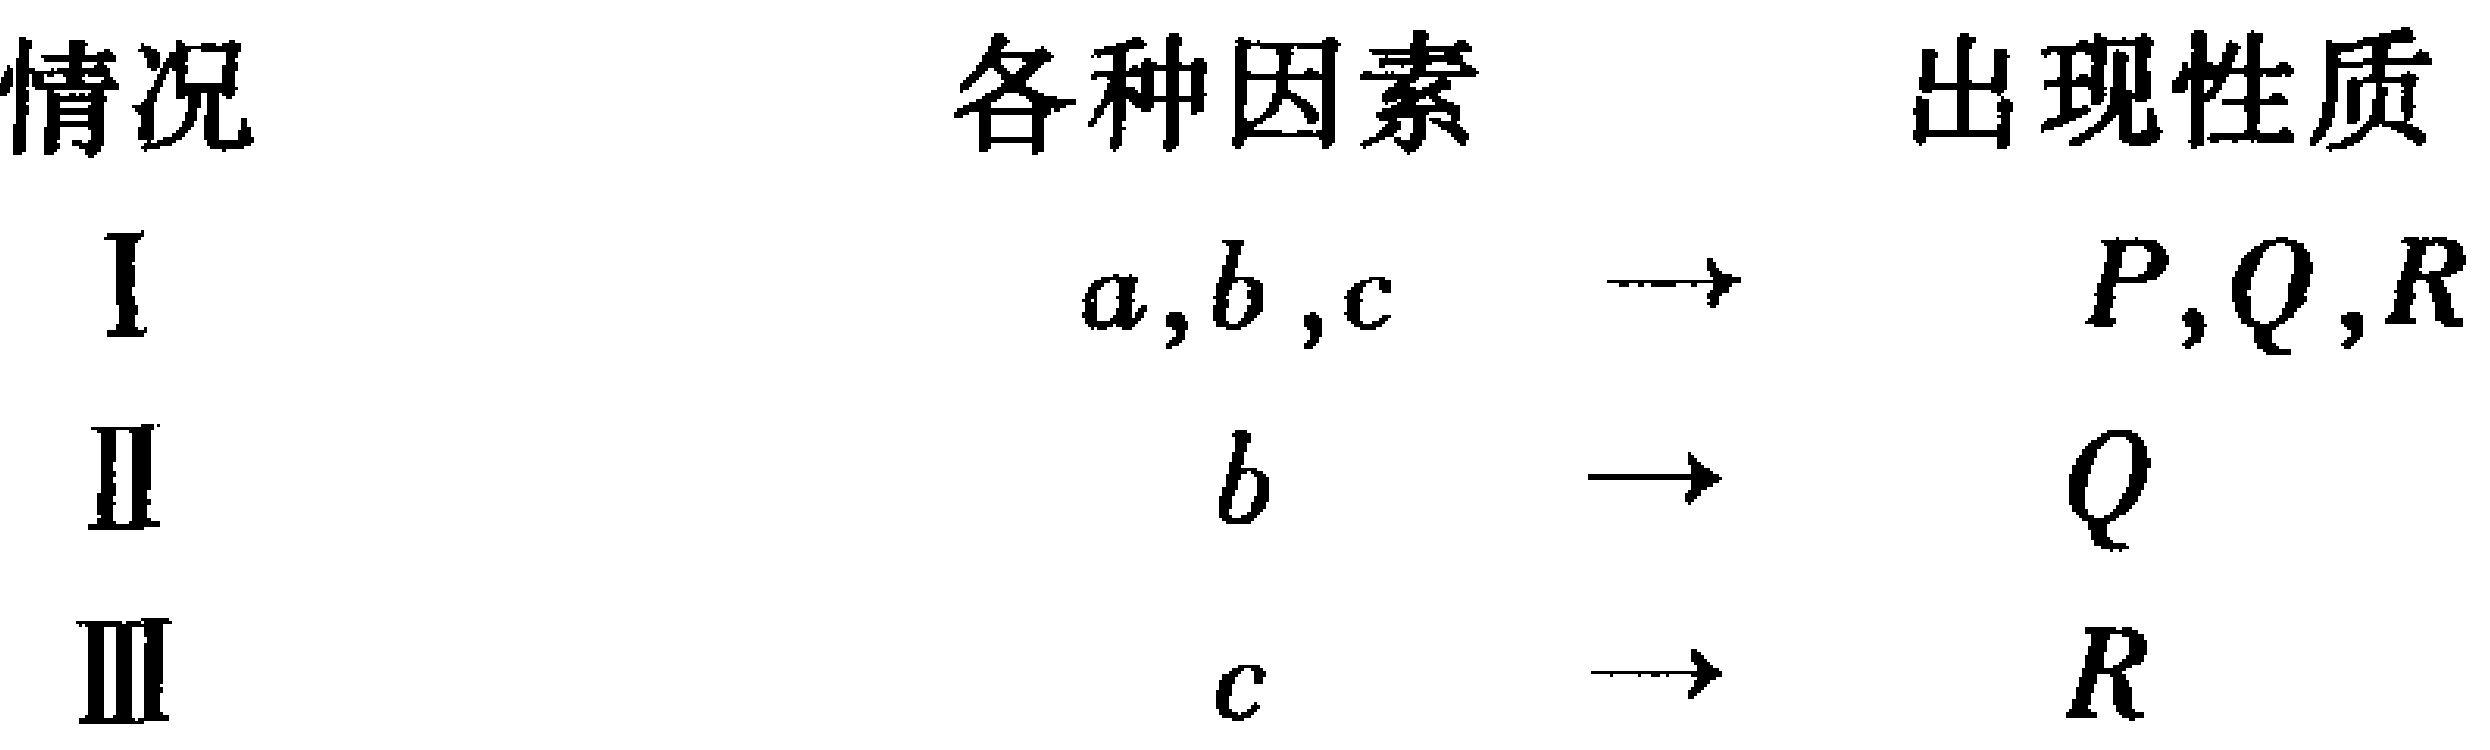
有唯一解，求 \(k\) 的所有取值.